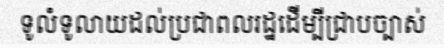
ទូលំទូលាយដល់ប្រជាពលរដ្ឋដើម្បីជ្រាបច្បាស់